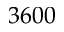
3 6 0 0